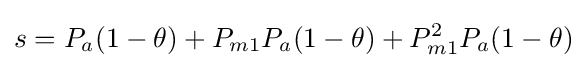
s=P_{a}(1-\theta )+P_{m1}P_{a}(1-\theta )+P_{m1}^{2}P_{a}(1-\theta )